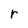
Character: r